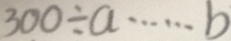
3 0 0 \div a \cdots b